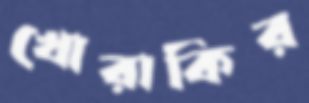
খোরাকির